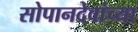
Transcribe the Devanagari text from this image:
सोपानदेवांच्या